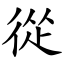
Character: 從